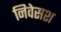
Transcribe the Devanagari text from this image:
निवेसश